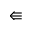
\Lleftarrow